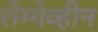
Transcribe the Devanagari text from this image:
रोग्गेव्हीन